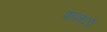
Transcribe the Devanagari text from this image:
शन्नाडे